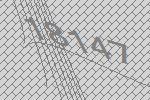
18147